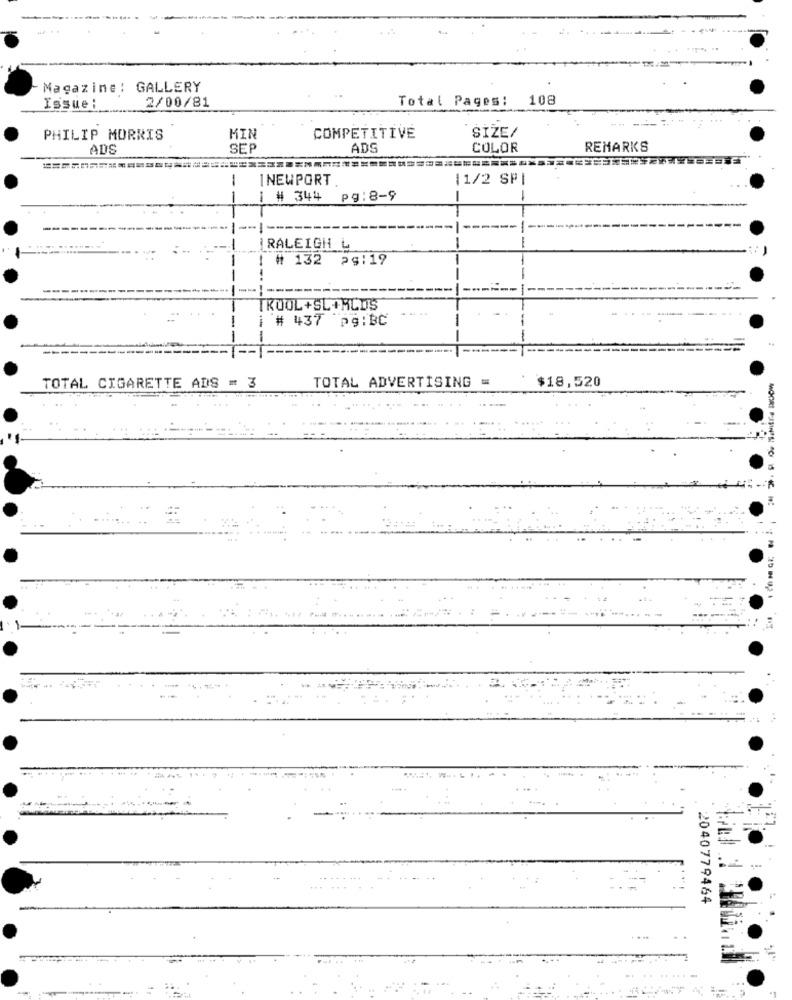
Magazine: GALLERY
2/00/81
Total Pages: 108
Issue :
SIZE/
PHILIP MORRIS
MIN
COMPETITIVE
ADS
SEP
ADS
COLOR
REMARKS
1
NEWPORT
11/2 SPI
# 344 pg:8-9
--
RALEIGH L
# 132 2$:19
KOOL +SL +HLDS
---
# 437 pg:BC
-
$18,520
TOTAL CIGARETTE ADS = 3
TOTAL ADVERTISING =
2040779464
--
...